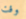
وقت